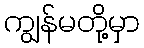
ကျွန်မတို့မှာ